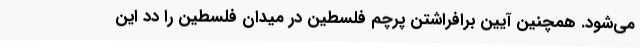
می‌شود. همچنین آیین برافراشتن پرچم فلسطین در میدان فلسطین را دد این